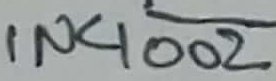
Text: IN4002